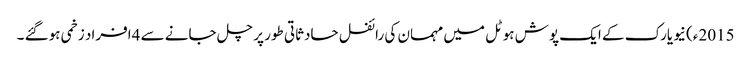
2015ء) نیویارک کے ایک پوش ہوٹل میں مہمان کی رائفل حادثاتی طور پر چل جانے سے 4افراد زخمی ہوگئے ۔